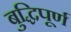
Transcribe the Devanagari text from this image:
बुद्धिपूर्ण